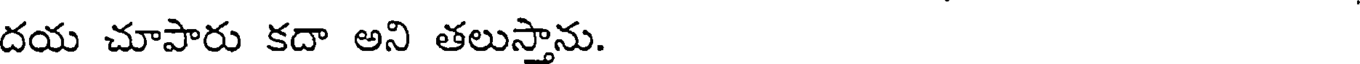
దయ చూపారు కదా అని తలుస్తాను.